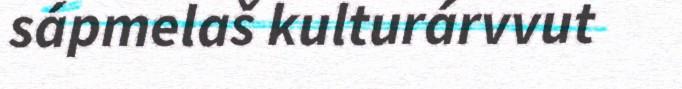
sápmelaš kulturárvvut